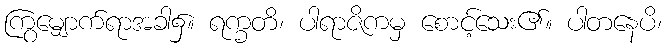
ကြွမျှောက်ရာအခါ၌။ ရက္ခတိ၊ ပါရာဇိကမှ စောင့်သေး၏။ ပါတနေပိ၊